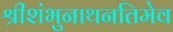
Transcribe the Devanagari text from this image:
श्रीशंभुनाथनतिमेव